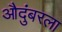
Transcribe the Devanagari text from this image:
औदुंबरला